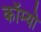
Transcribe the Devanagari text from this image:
कॉम्‍यो